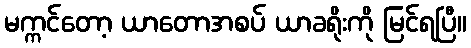
မက္ကင်တော့ ယာတောအစပ် ယာခရိုးကို မြင်ရပြီ။